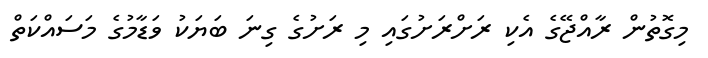
މިގޮތުން ރާއްޖޭގެ އެކި ރަށްރަށުގައި މި ރަށުގެ ގިނަ ބަޔަކު ވަޑާމުގެ މަސައްކަތް